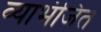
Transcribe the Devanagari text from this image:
व्याभंजित